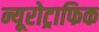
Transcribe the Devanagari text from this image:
न्यूरोट्राफिक